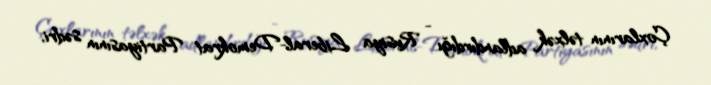
Çoxlarının təlxək adlandırdığı - Rusiya Liberal-Demokrat Partiyasının sədri,